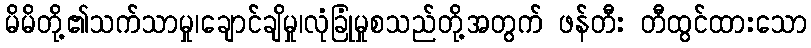
မိမိတို့၏သက်သာမှု၊ချောင်ချိမှု၊လုံခြုံမှုစသည်တို့အတွက် ဖန်တီး တီထွင်ထားသော